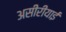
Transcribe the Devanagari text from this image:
असीरीयाई